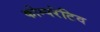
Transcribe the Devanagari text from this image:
कोम्परेटिव